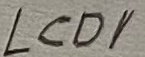
Text: LCD1